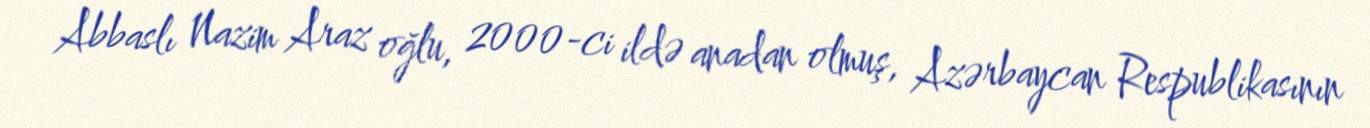
Abbaslı Nazim Araz oğlu, 2000-ci ildə anadan olmuş, Azərbaycan Respublikasının